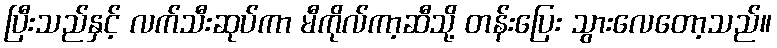
ပြီးသည်နှင့် လက်သီးဆုပ်ကာ မီကိုလ်ကာ့ဆီသို့ တန်းပြေး သွားလေတော့သည်။